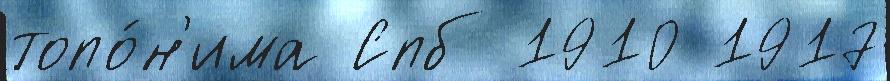
топо́н'има Спб 1910 1917